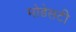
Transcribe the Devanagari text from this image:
मोडेसटी